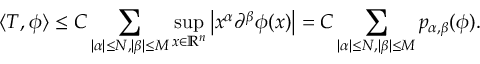
\langle T , \phi \rangle \leq C \sum _ { | \alpha | \leq N , | \beta | \leq M } \operatorname* { s u p } _ { x \in \mathbb { R } ^ { n } } \left| x ^ { \alpha } \partial ^ { \beta } \phi ( x ) \right| = C \sum _ { | \alpha | \leq N , | \beta | \leq M } p _ { \alpha , \beta } ( \phi ) .